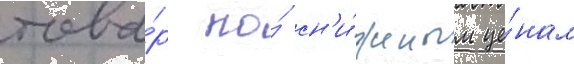
това́р по́ сн'и́женным це́нам